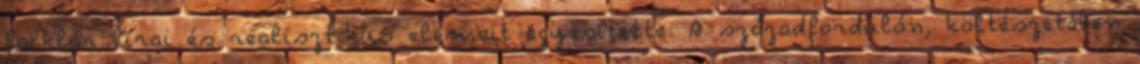
folklór lírai és realisztikus elemeit egyesítette. A századfordulón, költészetében